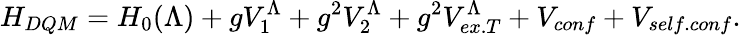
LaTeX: H_{DQM}=H_{0}(\Lambda)+gV_{1}^{\Lambda}+g^{2}V_{2}^{\Lambda}+g^{2}V_{ex.T}^{\Lambda}+V_{conf}+V_{self.conf}.